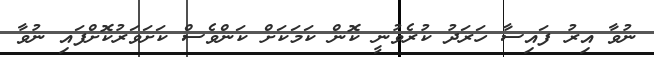
ނުވާ އިރު ފައިސާ ހަރަދު ކުރެވުނީ ކޮން ކަމަކަށް ކަންވެސް ކަށަވަރުކޮށްފައި ނުވާ